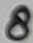
Text: 8